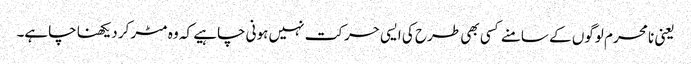
یعنی نا محرم لوگوں کے سامنے کسی بھی طرح کی ایسی حرکت نہیں ہونی چاہیے کہ وہ مٹر کر دیکھنا چاہے۔